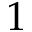
1